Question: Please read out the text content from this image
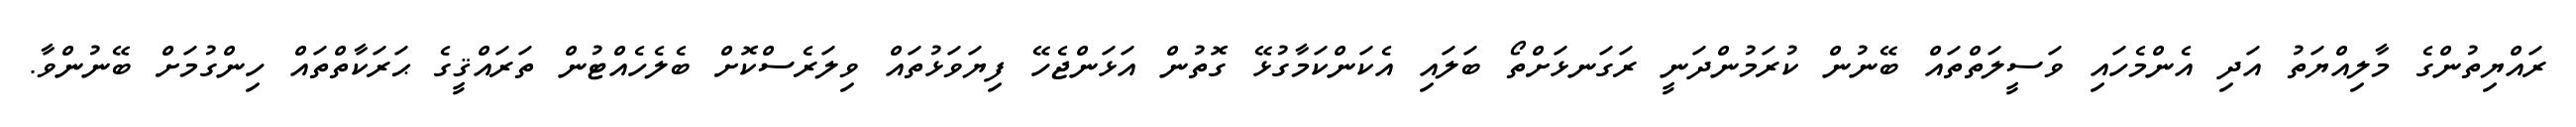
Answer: ރައްޔިތުންގެ މާލިއްޔަތު އަދި އެންމެހައި ވަސީލަތްތައް ބޭނުން ކުރަމުންދަނީ ރަގަނޅަށްތޯ ބަލައި އެކަންކަމާގުޅޭ ގޮތުން އަޅަންޖެހޭ ފިޔަވަޅުތައް ވިލަރެސްކޮށް ބެލެހެއްޓުން ތަރައްޤީގެ ޙަރަކާތްތައް ހިންގުމަށް ބޭނުންވާ.